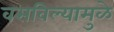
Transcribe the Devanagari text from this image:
वसविल्यामुळे